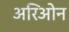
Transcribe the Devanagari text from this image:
अरिओन